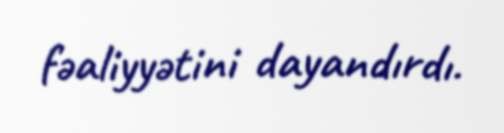
fəaliyyətini dayandırdı.